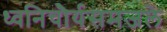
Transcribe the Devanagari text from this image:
ध्वनिचौर्यसमजले